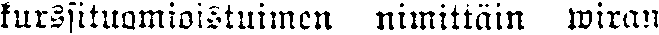
kurssituomioistuimen nimittäin wiran